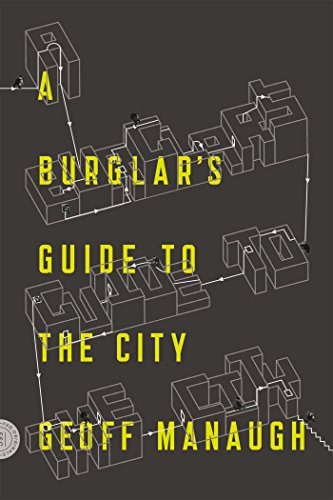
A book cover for A Burglar's Guide to the City; Geoff Manaugh; Arts & Photography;